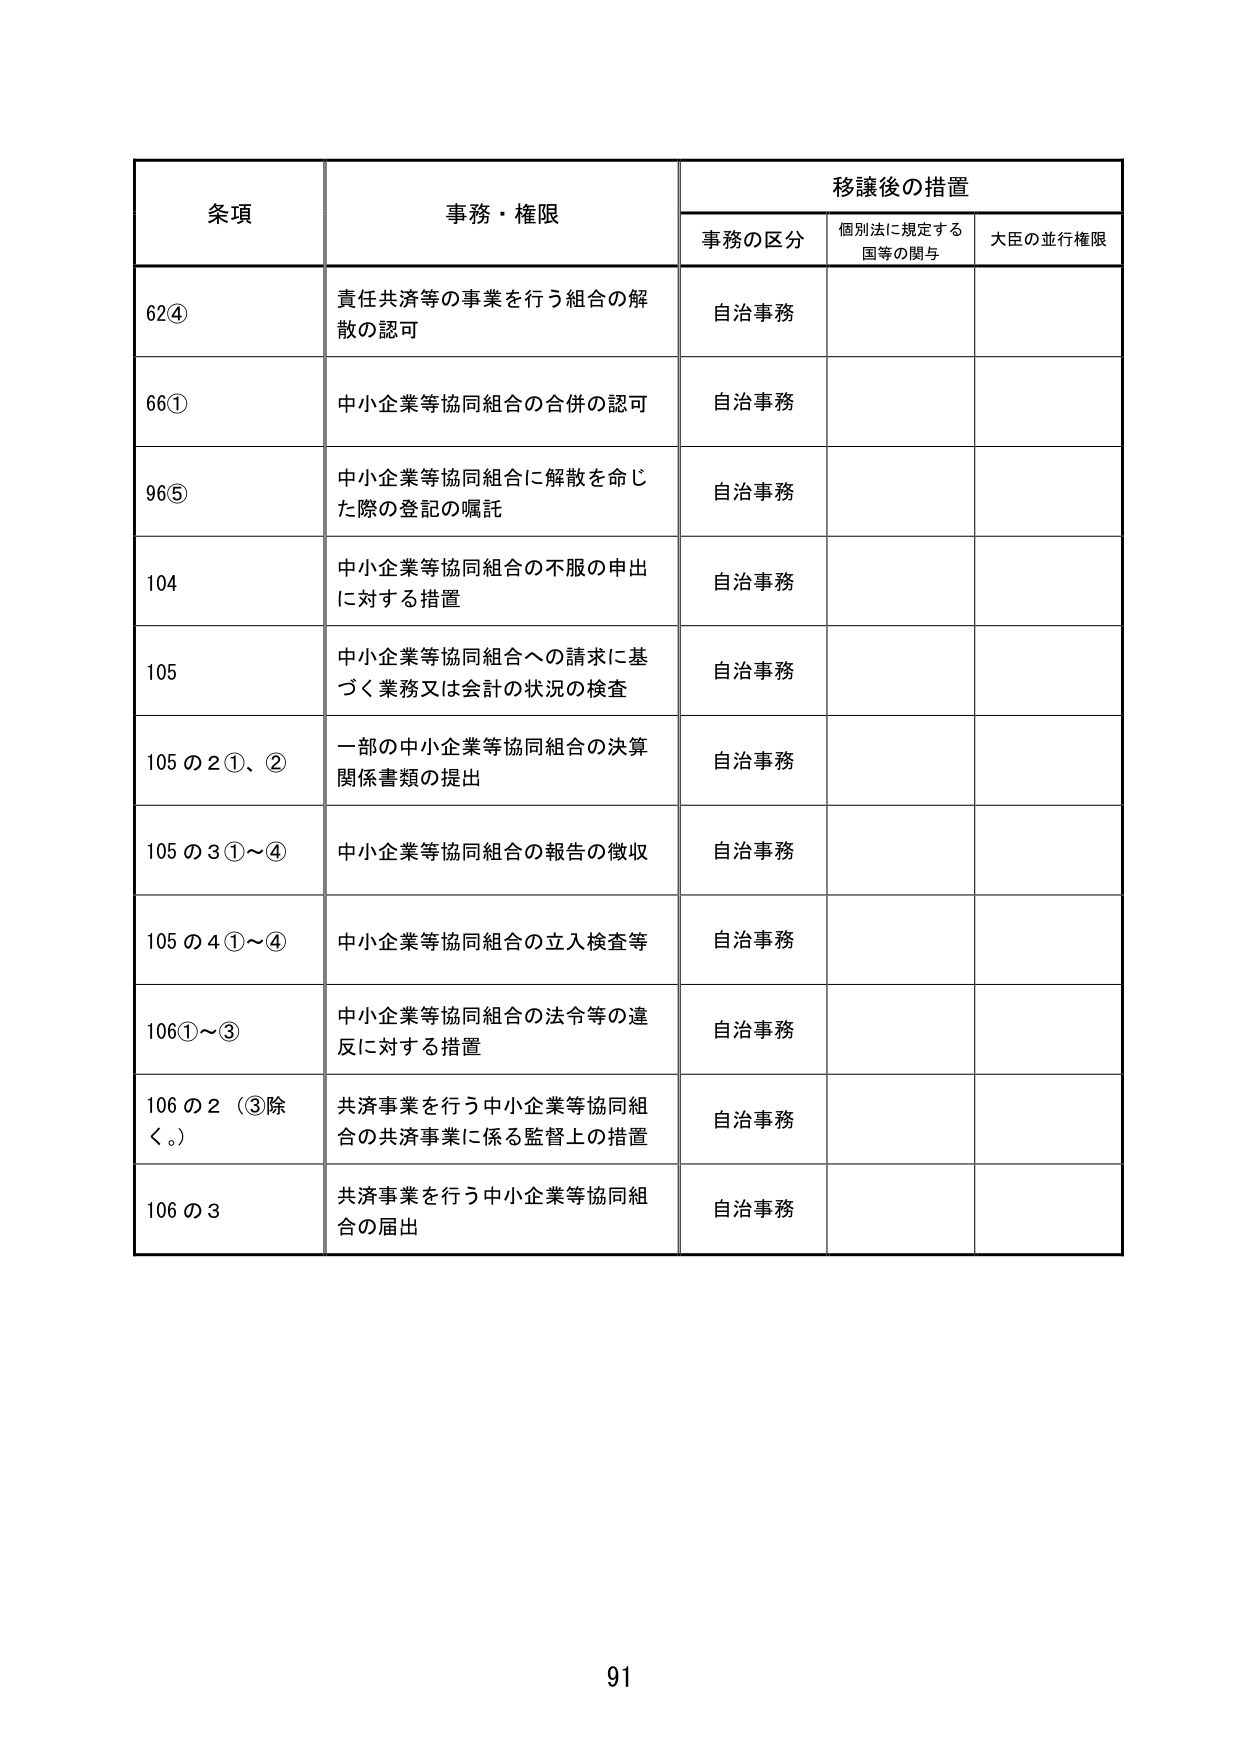
条項 事務・権限 移譲後の措置
事務の区分 個別法に規定する 国等の関与 大臣の並行権限
62④ 責任共済等の事業を行う組合の解散の認可 自治事務
66① 中小企業等協同組合の合併の認可 自治事務
96⑤ 中小企業等協同組合に解散を命じた際の登記の嘱託 自治事務
104 中小企業等協同組合の不服の申出に対する措置 自治事務
105 中小企業等協同組合への請求に基づく業務又は会計の状況の検査 自治事務
105の2①、② 一部の中小企業等協同組合の決算関係書類の提出 自治事務
105の3①～④ 中小企業等協同組合の報告の徴収 自治事務
105の4①～④ 中小企業等協同組合の立入検査等 自治事務
106①～③ 中小企業等協同組合の法令等の違反に対する措置 自治事務
106の2（③除く。） 共済事業を行う中小企業等協同組合の共済事業に係る監督上の措置 自治事務
106の3 共済事業を行う中小企業等協同組合の届出 自治事務
91